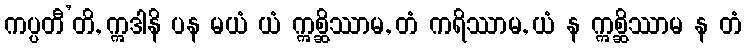
ကပ္ပတီ’တိ, ဣဒါနိ ပန မယံ ယံ ဣစ္ဆိဿာမ, တံ ကရိဿာမ, ယံ န ဣစ္ဆိဿာမ န တံ